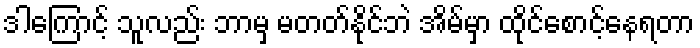
ဒါကြောင့် သူလည်း ဘာမှ မတတ်နိုင်ဘဲ အိမ်မှာ ထိုင်စောင့်နေရတာ